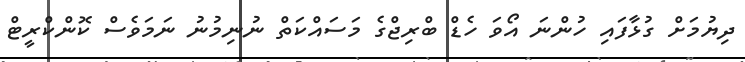
ދިޔުމަށް ގުޅާފައި ހުންނަ އޯވަ ހެޑް ބްރިޖްގެ މަސައްކަތް ނުނިމުނު ނަމަވެސް ކޮންކްރީޓް